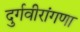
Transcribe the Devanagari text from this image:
दुर्गवीरांगणा